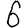
Digit: 6